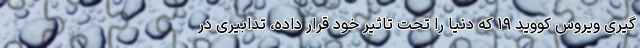
گیری ویروس کووید ۱۹ که دنیا را تحت تاثیر خود قرار داده، تدابیری در